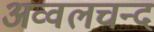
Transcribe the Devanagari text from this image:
अव्वलचन्द